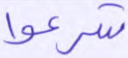
شرعوا